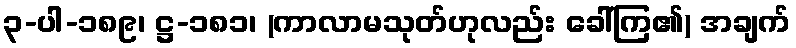
၃-ပါ-၁၈၉၊ ဋ္ဌ-၁၈၁၊ (ကာလာမသုတ်ဟုလည်း ခေါ်ကြ၏) အချက်